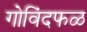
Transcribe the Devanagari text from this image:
गोविंदफळ